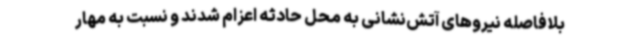
بلافاصله نیروهای آتش‌نشانی به محل حادثه اعزام شدند و نسبت به مهار